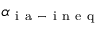
\alpha _ { \mathrm { ~ i ~ a ~ - ~ i ~ n ~ e ~ q ~ } }